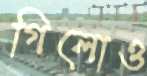
গিলোও